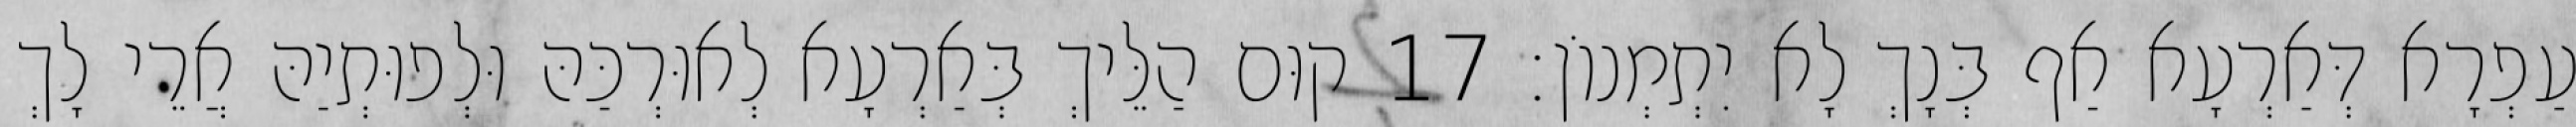
עַפְרָא דְּאַרְעָא אַף בְּנָךְ לָא יִתְמְנוֹן׃ 17 קוּם הַלֵּיךְ בְּאַרְעָא לְאוּרְכַּהּ וּלְפוּתְיַהּ אֲרֵי לָךְ